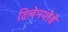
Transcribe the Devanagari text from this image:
विलेनयोबे